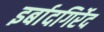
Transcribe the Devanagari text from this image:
इर्बादगिर्रेद